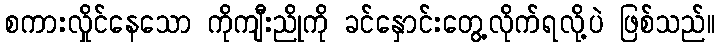
စကားလှိုင်နေသော ကိုကျီးညိုကို ခင်နှောင်းတွေ့လိုက်ရလို့ပဲ ဖြစ်သည်။